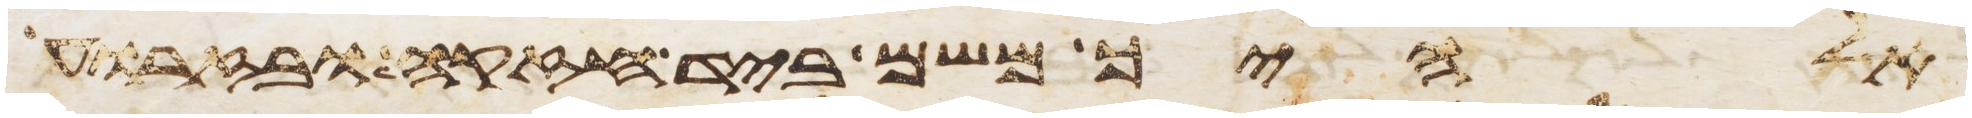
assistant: אלהיך משם ביד חזקה ובזרוע